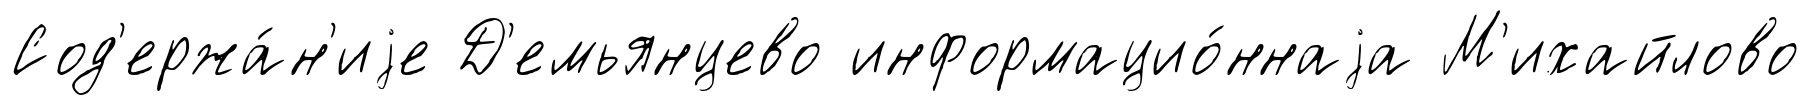
Сод'ержа́н'иjе Д'емьянцево информацио́ннаjа М'ихайлово